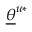
\underline { { \theta } } ^ { u * }